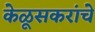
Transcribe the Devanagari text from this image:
केळूसकरांचे